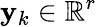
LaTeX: \mathbf{y}_{k}\in\mathbb{R}^{r}